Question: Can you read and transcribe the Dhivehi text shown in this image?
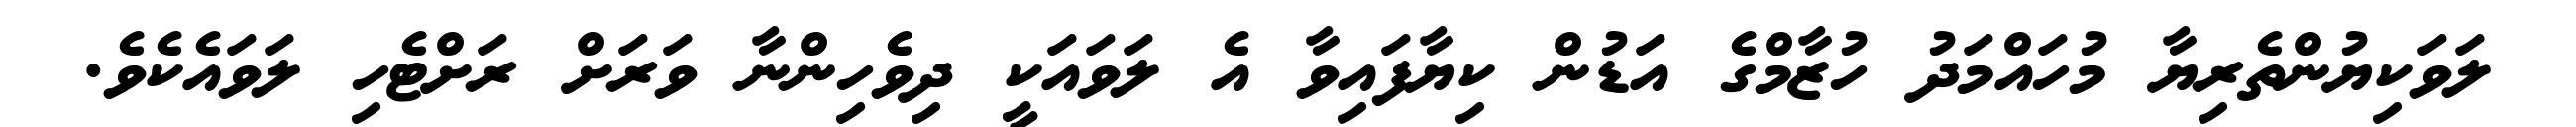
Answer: ލަވަކިޔުންތެރިޔާ މުހައްމަދު ހުޒާމްގެ އަޑުން ކިޔާފައިވާ އެ ލަވައަކީ ދިވެހިންނާ ވަރަށް ރަށްޓެހި ލަވައެކެވެ.